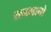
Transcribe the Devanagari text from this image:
रत्नमानो